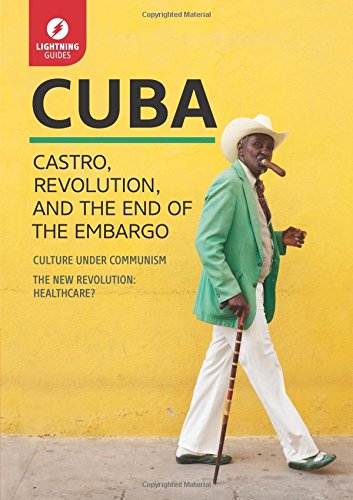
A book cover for Cuba: Castro, Revolution, and the End of the Embargo; Lightning Guides; History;